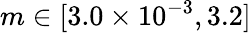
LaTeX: m\in[3.0\times 10^{-3},3.2]